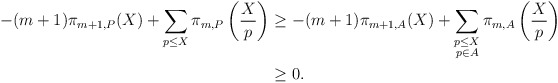
\begin{align*}\begin{aligned}-(m+1)\pi_{m+1,P}(X)+\sum_{p\leq X} \pi_{m,P}\left(\frac{X}{p}\right)&\geq -(m+1)\pi_{m+1,A}(X)+ \sum_{\substack{p\leq X \\ p\in A}} \pi_{m,A}\left(\frac{X}{p}\right)\\&\geq 0.\end{aligned}\end{align*}